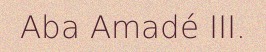
Aba Amadé III.